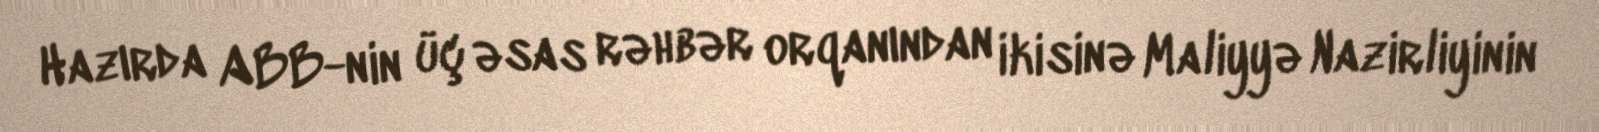
Hazırda ABB-nin üç əsas rəhbər orqanından ikisinə Maliyyə Nazirliyinin